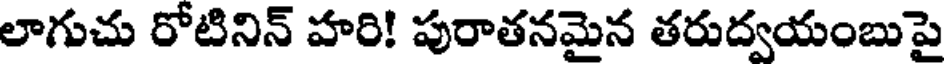
లాగుచు రోటినిన్ హరి! పురాతనమైన తరుద్వయంబుపై